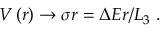
V \left( r \right) \rightarrow \sigma r = \Delta E r / L _ { 3 } \ .